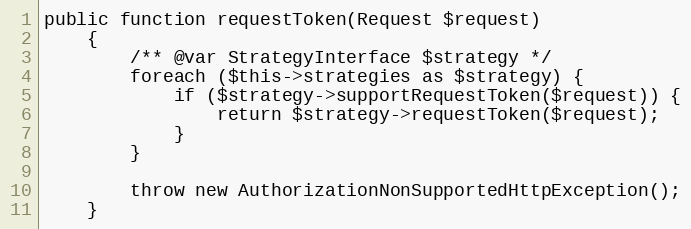
Language: PHP
public function requestToken(Request $request)
    {
        /** @var StrategyInterface $strategy */
        foreach ($this->strategies as $strategy) {
            if ($strategy->supportRequestToken($request)) {
                return $strategy->requestToken($request);
            }
        }

        throw new AuthorizationNonSupportedHttpException();
    }